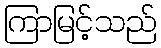
ကြာမြင့်သည်